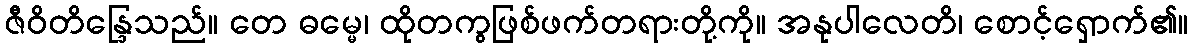
ဇီဝိတိန္ဒြေသည်။ တေ ဓမ္မေ၊ ထိုတကွဖြစ်ဖက်တရားတို့ကို။ အနုပါလေတိ၊ စောင့်ရှောက်၏။